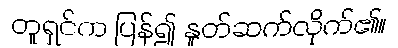
တူရှင်က ပြန်၍ နှုတ်ဆက်လိုက်၏။